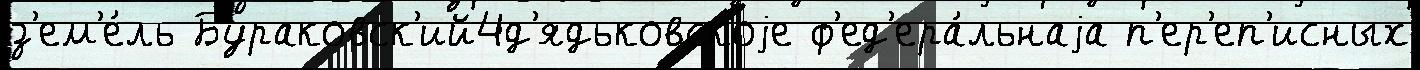
з'ем'е́ль Бураковск'ий4д'ядьковскоjе ф'ед'ера́льнаjа п'ер'еп'исных